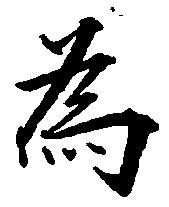
為